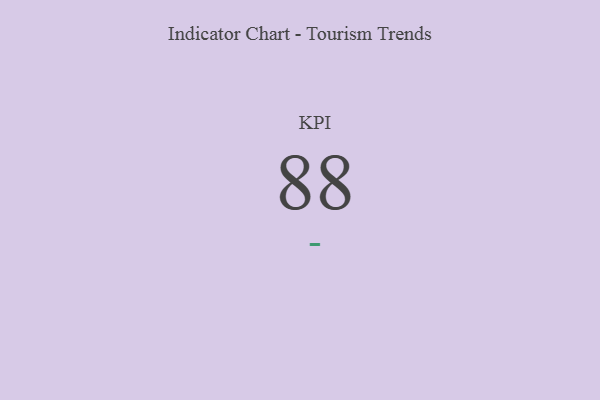
{"axis": {"x": "KPI", "y": "Value"}, "legend": [""], "data": [{"x": "KPI", "y": 88, "type": ""}]}